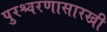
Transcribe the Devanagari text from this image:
पुरश्चरणासारखी